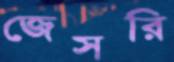
জেসরি